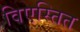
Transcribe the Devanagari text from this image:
विएस्तित